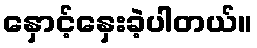
နှောင့်နှေးခဲ့ပါတယ်။